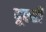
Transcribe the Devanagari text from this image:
दूल्ही